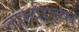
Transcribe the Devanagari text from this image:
लाम्बीच्या